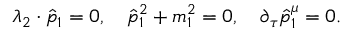
\lambda _ { 2 } \cdot \hat { p } _ { 1 } = 0 , \quad \hat { p } _ { 1 } ^ { 2 } + m _ { 1 } ^ { 2 } = 0 , \quad \partial _ { \tau } \hat { p } _ { 1 } ^ { \mu } = 0 .